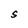
Character: S